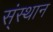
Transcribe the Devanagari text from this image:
स्ंस्थान